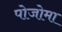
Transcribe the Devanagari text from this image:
पोजोमा